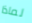
لماذا